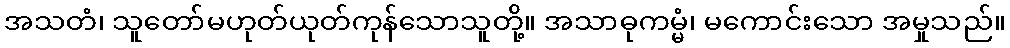
အသတံ၊ သူတော်မဟုတ်ယုတ်ကုန်သောသူတို့။ အသာဓုကမ္မံ၊ မကောင်းသော အမှုသည်။